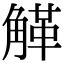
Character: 𧤒